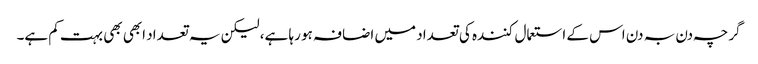
گرچہ دن بہ دن اس کے استعمال کنندہ کی تعداد میں اضافہ ہو رہا ہے، لیکن یہ تعداد ابھی بھی بہت کم ہے۔